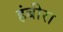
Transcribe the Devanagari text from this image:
हंबीरा